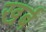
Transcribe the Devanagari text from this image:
खर्ब